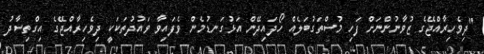
"ދިވެހިރާއްޖޭގެ ޒުވާނުންނަށް ފަހި މުސްތަގުބަލެއް ހޯދައިދޭން އަޅުގަނޑުމެން ވެފައިވާ ވައުދުތަކަކީ ދިވެހިރާއްޖޭގެ އިގްތިސާދު